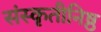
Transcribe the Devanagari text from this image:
संस्कृतीनिष्ठ